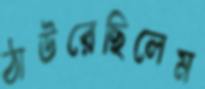
ঠাউরেছিলেম